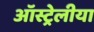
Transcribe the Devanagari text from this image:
ऑस्ट्रेलीया